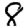
Digit: 8